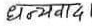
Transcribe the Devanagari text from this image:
धन्यवाद ।